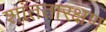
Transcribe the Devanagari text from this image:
शांततारक्षण